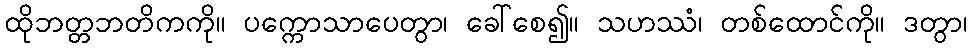
ထိုဘတ္တဘတိကကို။ ပက္ကောသာပေတွာ၊ ခေါ်စေ၍။ သဟဿံ၊ တစ်ထောင်ကို။ ဒတွာ၊